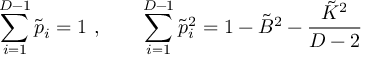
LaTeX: \sum _ { i = 1 } ^ { D - 1 } \tilde { p } _ { i } = 1 \ , \qquad \sum _ { i = 1 } ^ { D - 1 } \tilde { p } _ { i } ^ { 2 } = 1 - \tilde { B } ^ { 2 } - \frac { \tilde { { \cal K } } ^ { 2 } } { D - 2 }